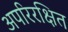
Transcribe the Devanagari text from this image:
अपरिरक्षित